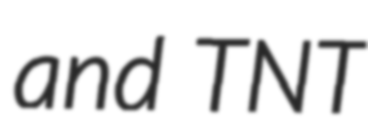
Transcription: and TNT